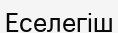
Еселегіш